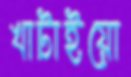
খাটাইয়ো